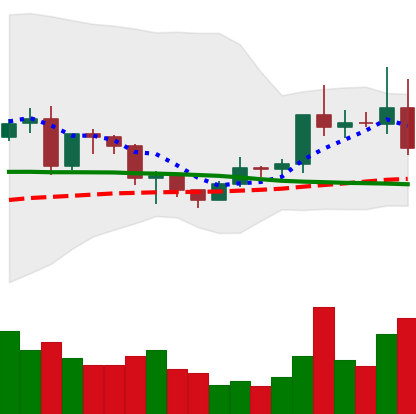
Ticker: EOS-USD
Chart end date: 2020-12-21
Forward return: -11.449%
Label: down_7plus